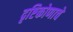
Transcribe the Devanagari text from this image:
दृष्टिकोणाचे